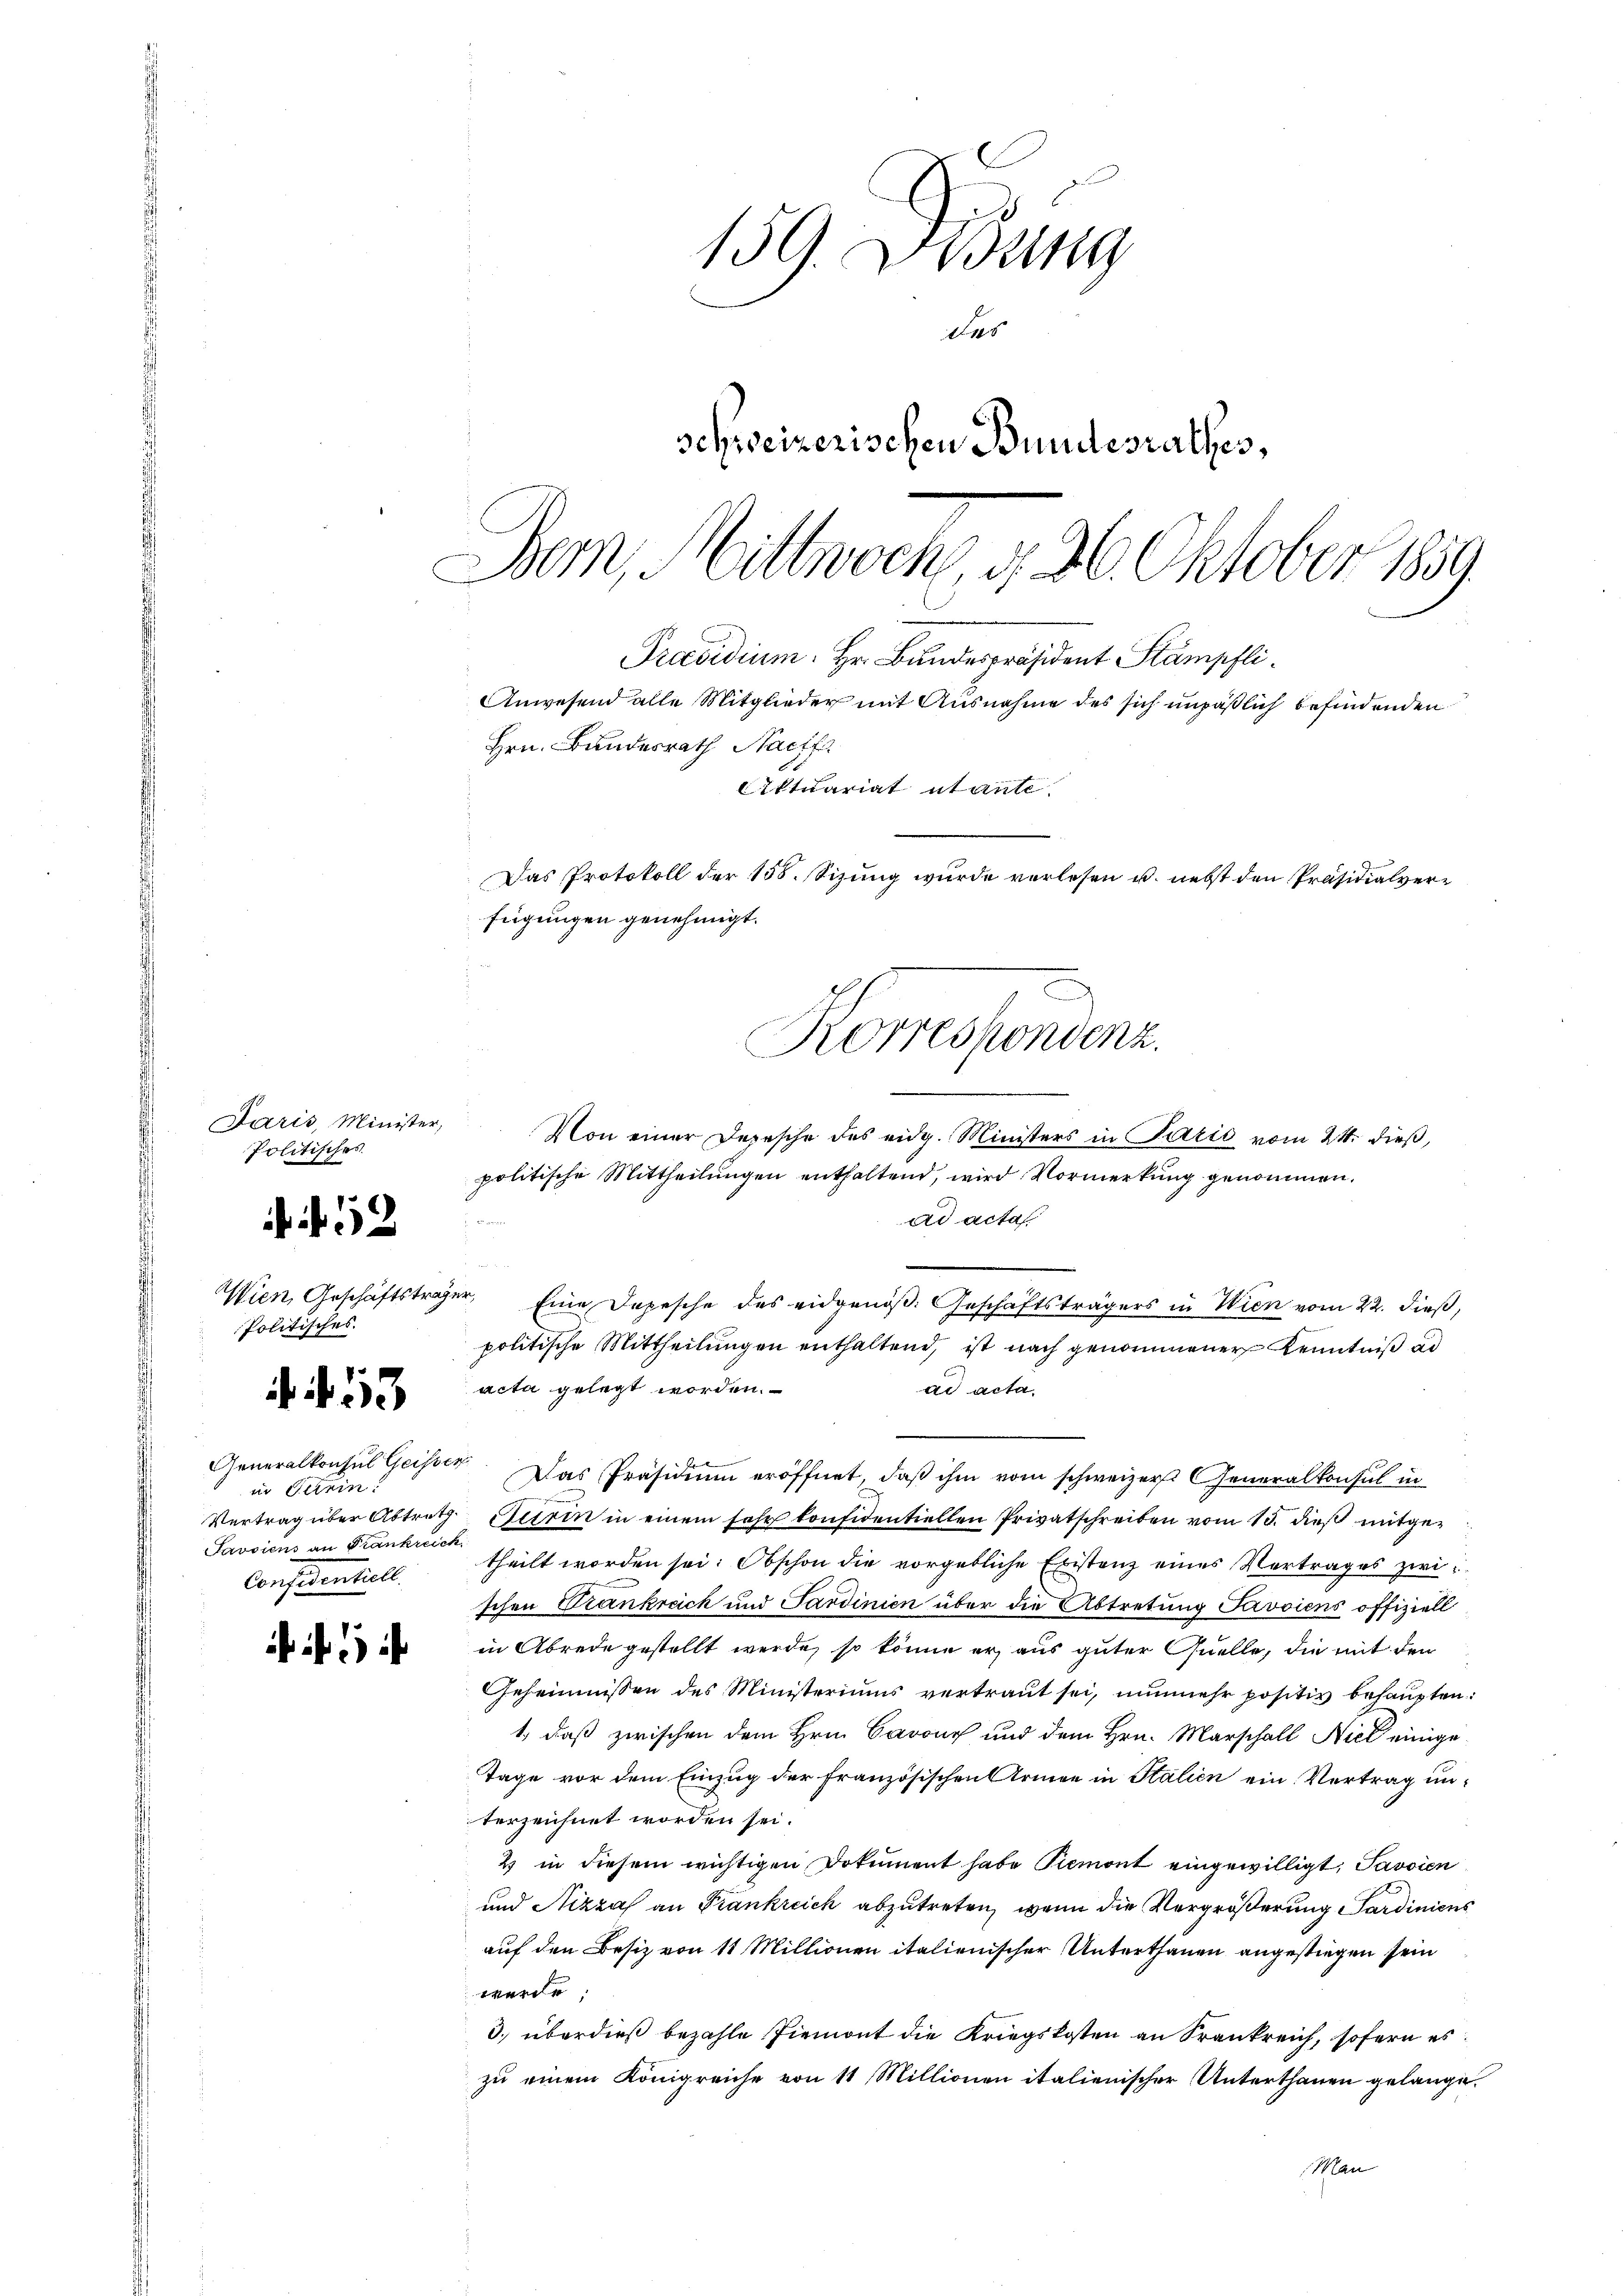
Jaris, Minister,
Politische

52

Wien, Geschäftsträger,
Politisches.

. f. 53

Generalkonsul Geister
in Turin!
Javsiens an Frankreich
Considentiell.

159. Didung
das
schweizerischen Bundesrathes,

Bern, Mittwoch, d. 26. Oktober 1859.
Korrespondenz.
Von einer Depesche des eidg. Ministers in Parić vom 24. dieß,
politische Mittheilungen enthaltend, wird Vormerkung genommen.

Präsidium. Hr. Bundespräsident Stämpfli
Hrn. Bundesrath Nachfa
iktuariat utante.
Das Protokoll der 158. Sizung wurde verlesen u. nebst den Präsidialverfügungen genehmigt.

ad acta
n
Eine Depesche des eidgenöß. Geschäftsträgers in Wien vom 22. dieß,
politische Mittheilungen enthaltend, ist nach genommener Kenntniß ad
acta gelegt worden.
ad acta.
Das Präsidium eröffnet, daß ihm vom schweizer Generalkonsul in
Vertrag über Abtrath. Seirin in einem sehr konsidentiellen Privatschreiben vom 15. dieß mitgetheilt worden sei. Obschon die vorgebliche Existenz eines Vertrages zwischen Krankreich und Sardinien über die Abtretung Pavviens offiziell
in Abrede gestellt werde, so könne er aus guter Quelle, die mit den
Geheimnissen des Ministeriums vertraut sei, nunmehr positiv behaupten:
1., daß zwischen dem Hrn. Cavous und dem Hrn. Marschall Niel einige
Tage vor dem Einzug der französischen Armee in Italien ein Vertrag unterzeichnet worden sei.
2) in diesem wichtigen Dokument habe Piemont eingewilligt; Savoien
und Nizza an Frankreich abzutreten, wenn die Vergrößerung Sardiniens
auf den Besiz von 11 Millionen italienischer Unterthanen angestiegen sein
werde;
3. überdieß bezahle Piemont die Kriegskosten an Frankreich, sofern es
zŭ einem Königreiche von 11 Millionen italienischer Unterthanen gelange.
Man

Anwesend alle Mitglieder mit Ausnahme des sich unpäßlich befindenden